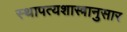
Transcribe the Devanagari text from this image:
स्थापत्यशास्त्रानुसार